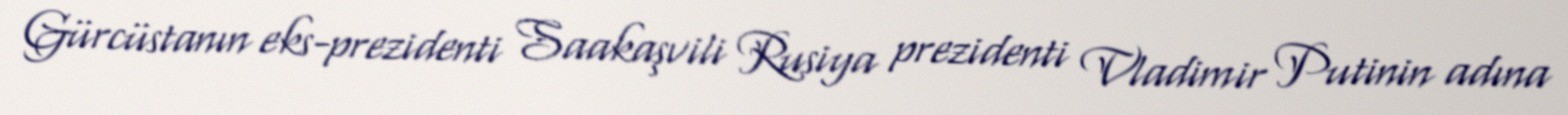
Gürcüstanın eks-prezidenti Saakaşvili Rusiya prezidenti Vladimir Putinin adına